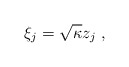
\begin{align*}\xi_j = \sqrt{\kappa} z_j\ , \end{align*}